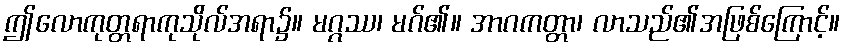
ဤလောကုတ္တရာကုသိုလ်အရာ၌။ မဂ္ဂဿ၊ မဂ်၏။ အာဂကတ္တာ၊ လာသည်၏အဖြစ်ကြောင့်။